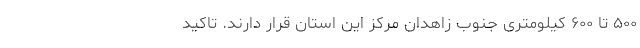
۵۰۰ تا ۶۰۰ کیلومتری جنوب زاهدان مرکز این استان قرار دارند. تاکید